Bombay plague: being a history of the progress of plague in the Bombay presidency from September 1896 to June 1899
Year: 1896
Disease focus: Plague
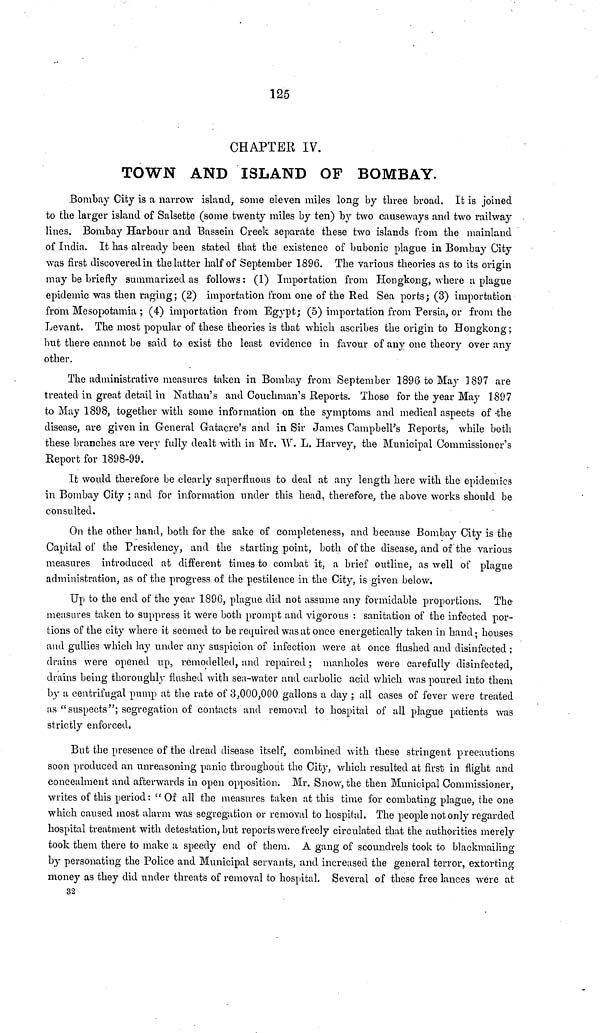
125
CHAPTER IV.
TOWN AND ISLAND OF BOMBAY.
Bombay City is a narrow island, some eleven miles long by three broad. It is joined
to the larger island of Salsette (some twenty miles by ten) by two causeways and two railway
lines. Bombay Harbour and Bassein Creek separate these two islands from the mainland
of India. It has already been stated that the existence of bubonic plague in Bombay City
was first discovered in the latter half of September 1896. The various theories as to its origin
may be briefly summarized as follows : (1) Importation from Hongkong, where a plague
epidemic was then raging ; (2) importation from one of the Red Sea ports ; (3) importation
from Mesopotamia ; (4) importation from Egypt; (5) importation from Persia, or from the
Levant. The most popular of these theories is that which ascribes the origin to Hongkong ;
but there cannot be said to exist the least evidence in favour of any one theory over any
other.
The administrative measures taken in Bombay from September 1896 to May 1897 are
treated in great detail in Nathan's and Couchman's Reports. Those for the year May 1897
to May 1898, together with some information on the symptoms and medical aspects of the
disease, are given in General Gatacre's and in Sir James Campbell's Reports, while both
these branches are very fully dealt with in Mr. W. L. Harvey, the Municipal Commissioner's
Report for 1898-99.
It would therefore be clearly superfluous to deal at any length here with the epidemics
in Bombay City ; and for information under this head, therefore, the above works should be
consulted.
On the other hand, both for the sake of completeness, and because Bombay City is the
Capital of the Presidency, and the starting point, both of the disease, and of the various
measures introduced at different times to combat it, a brief outline, as well of plague
administration, as of the progress of the pestilence in the City, is given below.
Up to the end of the year 1896, plague did not assume any formidable proportions. The
measures taken to suppress it were both prompt and vigorous : sanitation of the infected por-
tions of the city where it seemed to be required was at once energetically taken in hand ; houses
and gullies which lay under any suspicion of infection were at once flushed and disinfected ;
drains were opened up, remodelled, and repaired ; manholes were carefully disinfected,
drains being thoroughly flushed with sea-water and carbolic acid which was poured into them
by a centrifugal pump at the rate of 3,000,000 gallons a day ; all cases of fever were treated
as "suspects"; segregation of contacts and removal to hospital of all plague patients was
strictly enforced.
But the presence of the dread disease itself, combined with these stringent precautions
soon produced an unreasoning panic throughout the City, which resulted at first in flight and
concealment and afterwards in open opposition. Mr. Snow, the then Municipal Commissioner,
writes of this period: " Of all the measures taken at this time for combating plague, the one
which caused most alarm was segregation or removal to hospital. The people not only regarded
hospital treatment with detestation, but reports were freely circulated that the authorities merely
took them there to make a speedy end of them. A gang of scoundrels took to blackmailing
by personating the Police and Municipal servants, and increased the general terror, extorting
money as they did under threats of removal to hospital. Several of these free lances were at
32